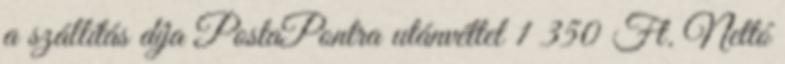
a szállítás díja PostaPontra utánvéttel 1 350 Ft. Nettó